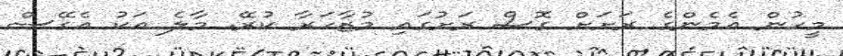
މީހުން އެމެންގެ ރަށަށް ގޮސް ރަށުގައި މުޒާހަރާ ކުރޭ. މާލެ އަކު އެގޭސް